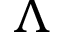
\Lambda